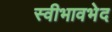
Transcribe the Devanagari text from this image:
स्वीभावभेद